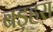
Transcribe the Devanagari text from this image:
बड़हरा